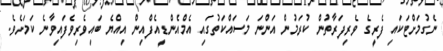
ނެގުމަށްޓަކައި ފެރީގެ ވެރިފަރާތުން ކުރަމުން އަންނަ މަސައްކަތުގައި އެމްއެންޑީއެފްއިން އިއްޔެ ބައިވެރިވެފައިވާނެ ކަމަށެވެ.